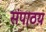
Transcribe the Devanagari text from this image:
संपाठय़